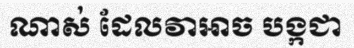
ណាស់ ដែលវាអាច បង្កជា